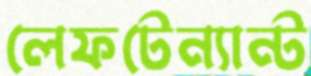
লেফটেন্যান্ট